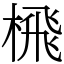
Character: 榌